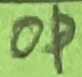
Text: OP